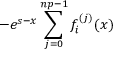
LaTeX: - e ^ { s - x } \sum _ { j = 0 } ^ { n p - 1 } f _ { i } ^ { ( j ) } ( x )